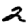
Digit: 2